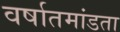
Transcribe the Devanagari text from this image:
वर्षातमांडता